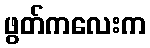
ဖွတ်ကလေးက